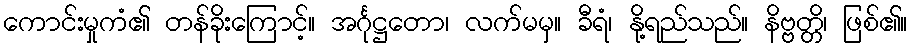
ကောင်းမှုကံ၏ တန်ခိုးကြောင့်။ အင်္ဂုဋ္ဌတော၊ လက်မမှ။ ခီရံ၊ နို့ရည်သည်။ နိဗ္ဗတ္တိ၊ ဖြစ်၏။